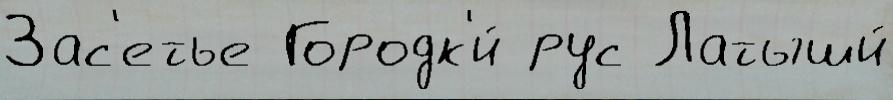
Зас'етье Городк'и́ рус Латыши́